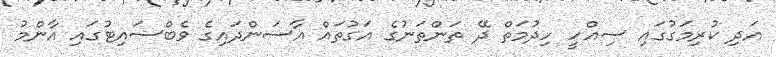
އަދި ކުރިމަގުގައި ސިއްހީ ހިދުމަތް ދޭ ތަންތަނުގެ އަގުތައް އާސަންދައިގެ ވެބްސައިޓުގައި އާންމު